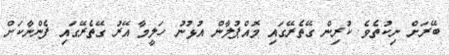
ބޭރަށް ނިކުތެވެ. ކުރިން ގޭތެރޭގައި މޮއްޕުލާން އުޅުނު ހަލީމާ އޭރު ގޭތެރޭގައި ފެންނާކަށް